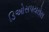
ડિઓસપયરોસ